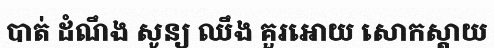
បាត់ ដំណឹង សូន្យ ឈឹង គួរអោយ សោកស្តាយ